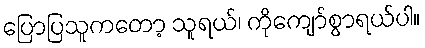
ပြောပြသူကတော့ သူရယ်၊ ကိုကျော်စွာရယ်ပါ။